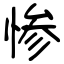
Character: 惨